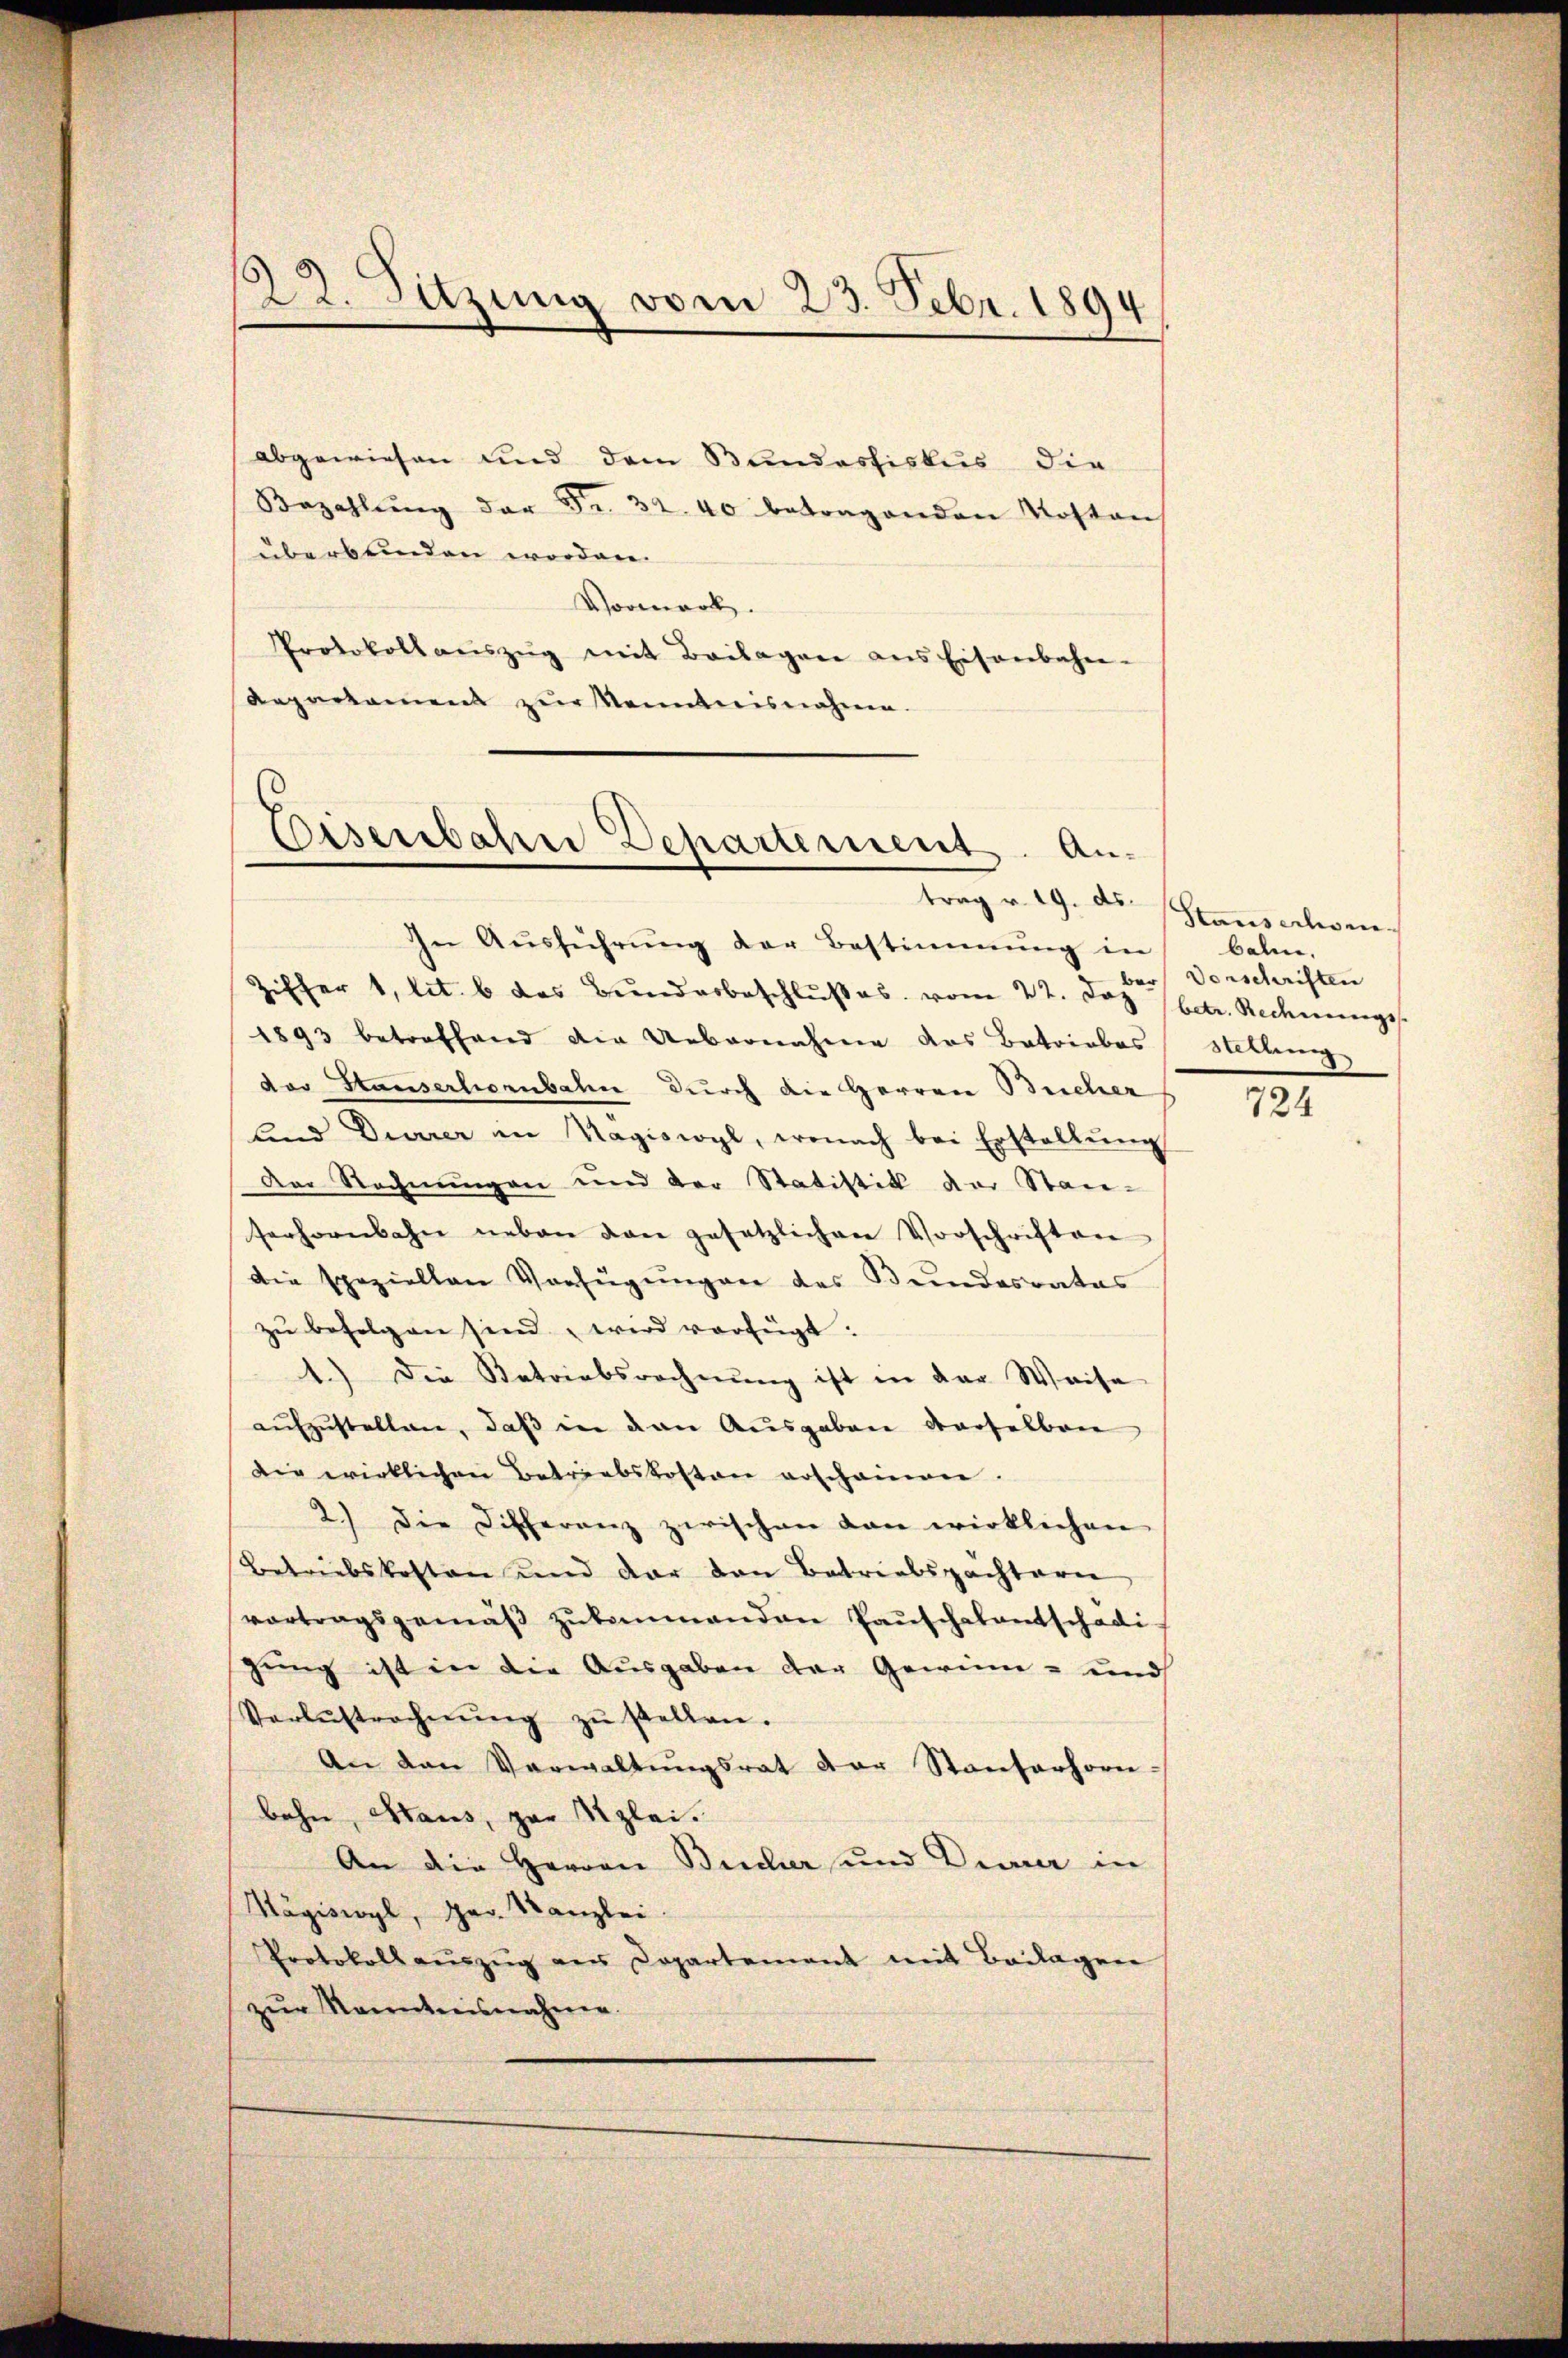
122. Sitzung vom 23. Febr. 1894

abgewiesen und dem Bundesfiskus die
Bezahlŭng der Fr. 32. 40 betragenden Kostens
überbrinden worden.
Vormerk.
Protokoll aŭszŭg mit Beilagen ans Eisenbahn-
Repartament zur Kenntnisnahme.

Eisenbahre Departement. Antrag v. 19. ds.

In Ausführung der Bestimmung in
Ziffer 1, lit. b des Bunderbeschlŭβes. vom 22. Joz (betr. Rechnungs
1893 betreffend die Uebernahme das Betriebes Stellung
das Stauserhorbahn durch die Herren Bucher
und Diarrer im Magiswyl, wonach bei Erstellŭng
Der Rechnungen und der Statistik der Stan-
serhornbahn neben von gesetzlichen Vorschriften
die speziellen Verfügŭngen des Bundesrates
zŭ befolgen sind wird verfügt:
1.) Die Betriebsrechnung ist in der Weise
aufzustellen, daß in den Ausgaben verselben
die wirklichen Betriebskosten erschainen.
2.) Die Differenz zwischen von wirklichen
Betriebskosten und dar den Betriebspachtern
vortragsgemäβ zŭkommenden Pauschalentschädi-
gung ist in die Ausgaben der Gewinn- und
Varbŭstrechnŭng zŭ stellen.
An den Verwaltŭngsrat der Standerhorn-
bahn, Haus, par Kzlei.
An die Herren Bucher und Drau in
Sägiswyl, Har. Kanzlei
Protokoll aŭszŭg aus Departement mit Beilagen
zur Kenntnisnahmen.

Stausechsen.
balm.
ber Vorschriften

724